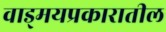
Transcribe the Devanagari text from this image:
वाड्मयप्रकारातील